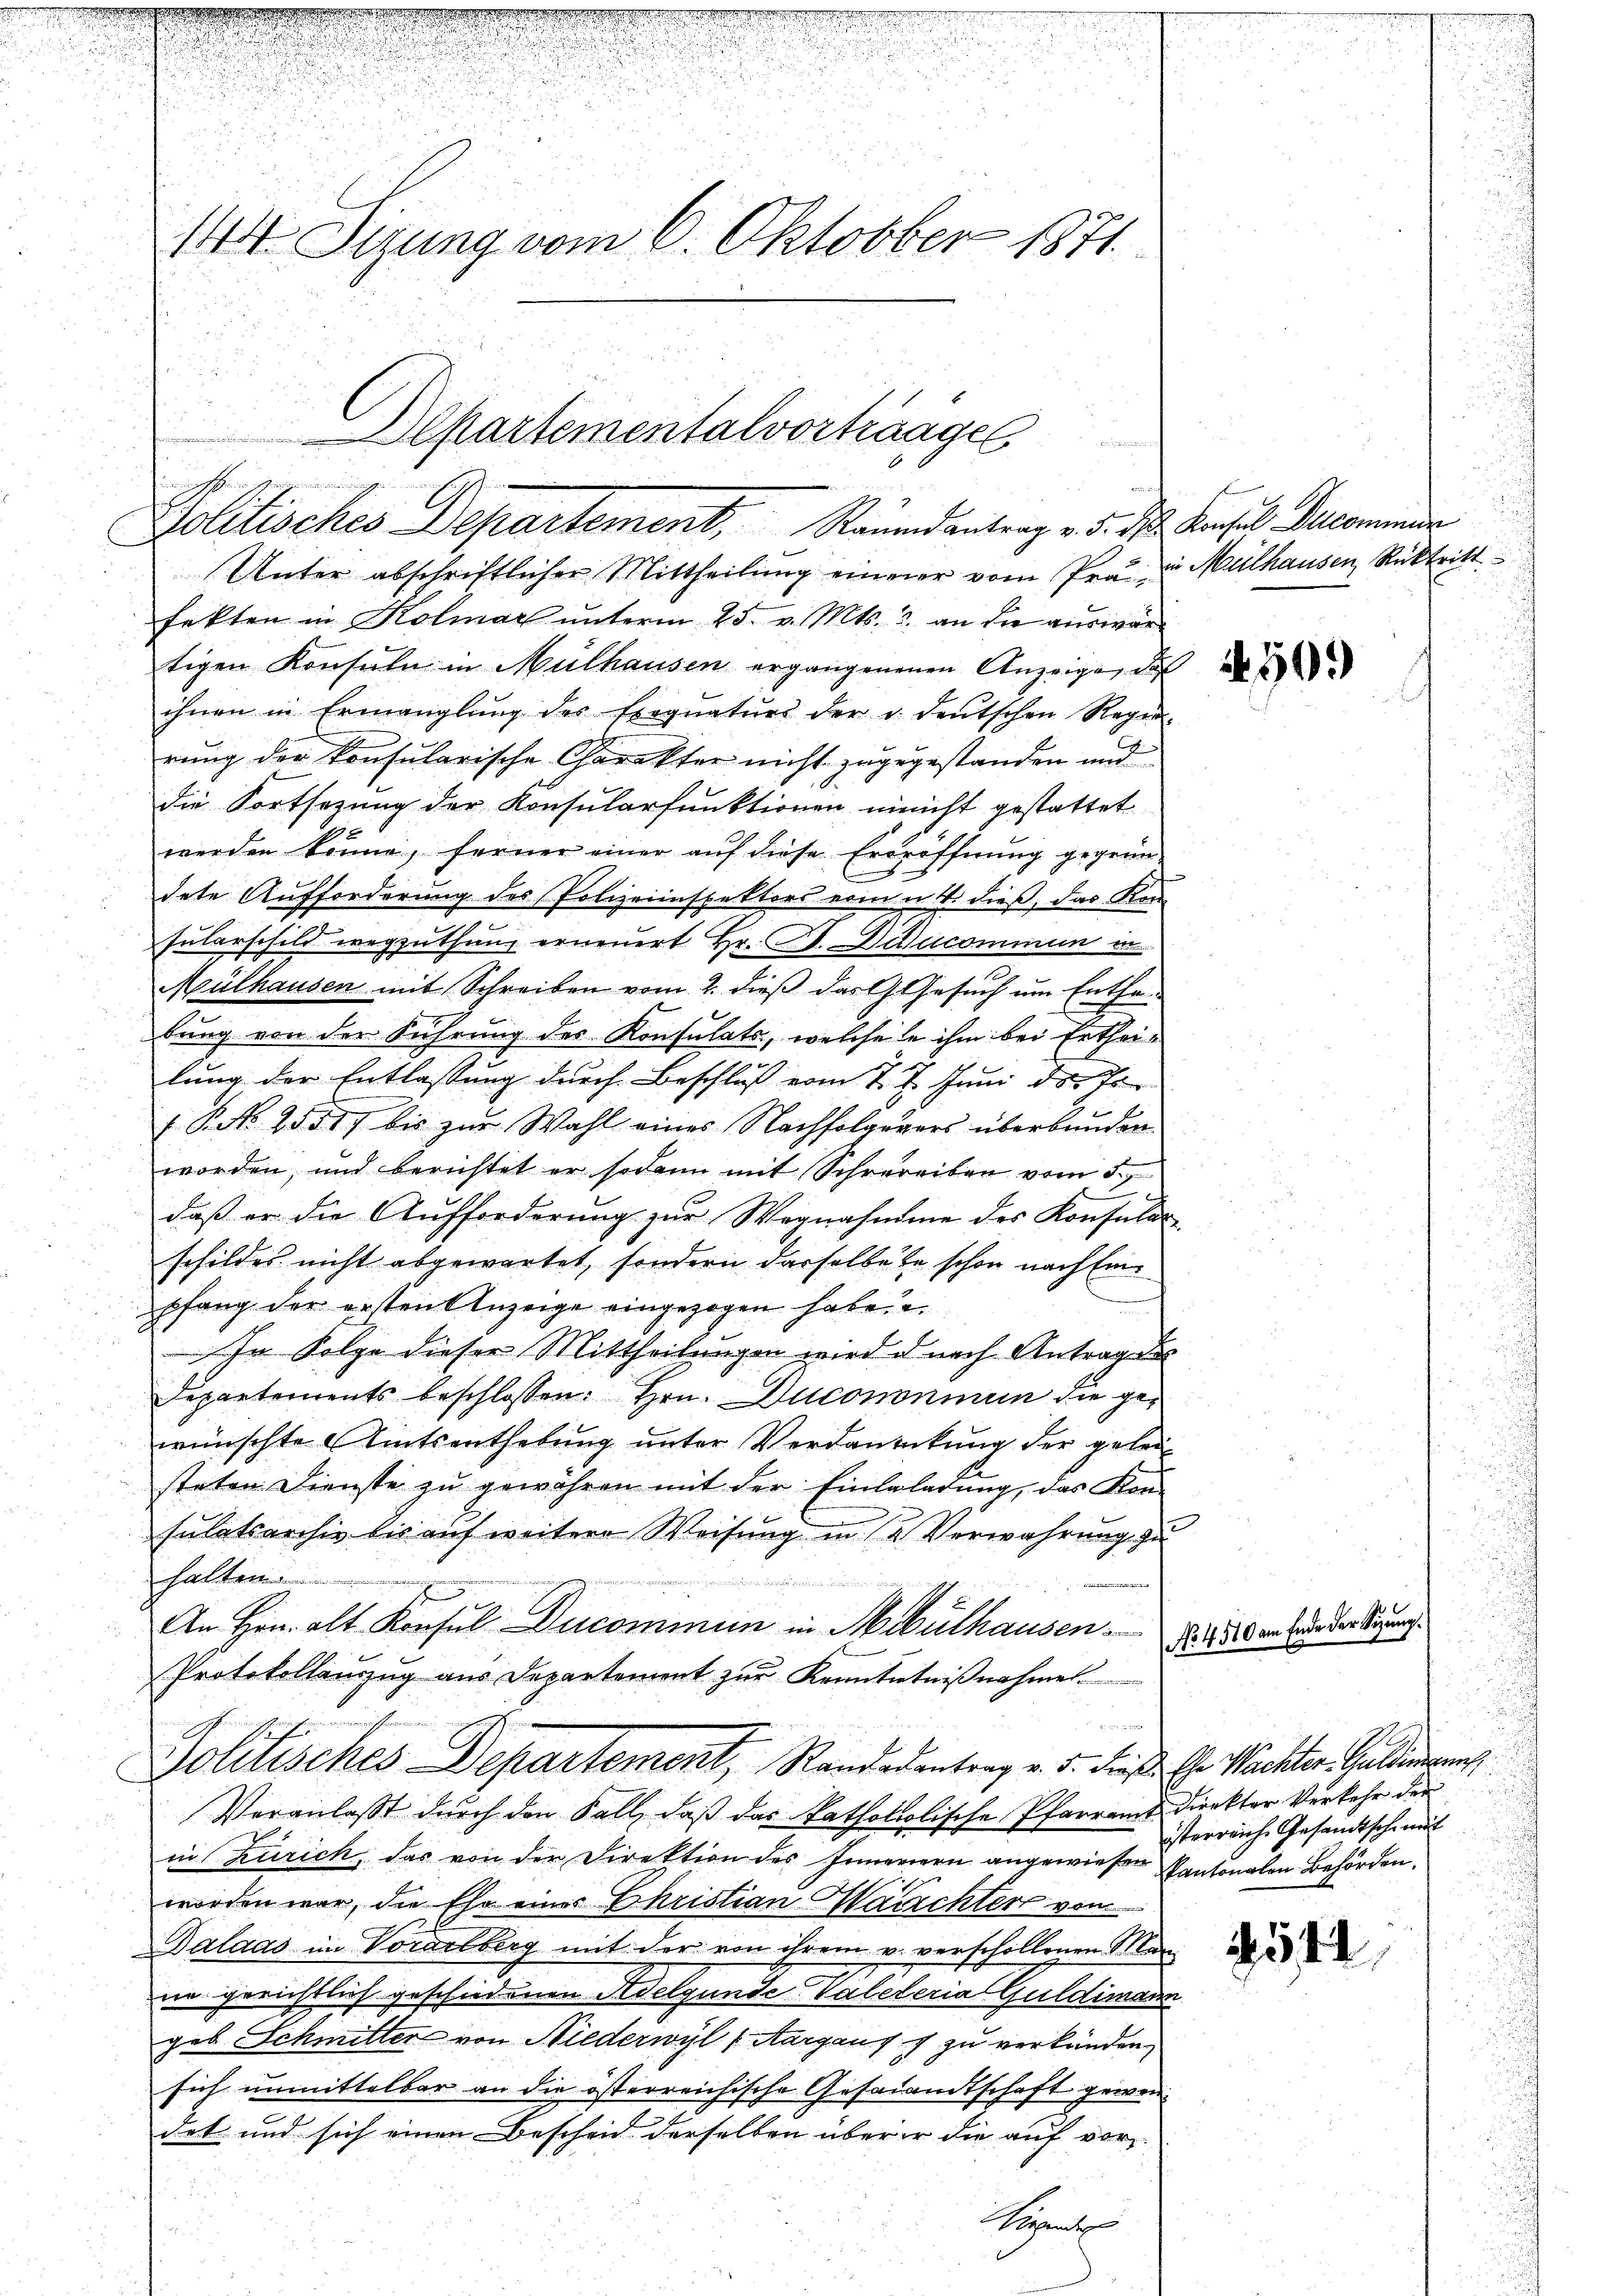
n

n
144. Sirung vom 6. Oktober 1871

Departementalvortrages
a
Politisches Departement, Raundantrag v. 5. ds Konsul Decommun

Unter abschriftlicher Mittheilung einer vom Pra zu Mülhausen Rücktritt
fekten in Kolmar unterm 25. v. Mts. 3. an die auswärtigen Konsuln in Mülhausen ergangenenen Anzeige, daß
ihnen in Ermanglung des Exequatŭrs der u. deutschen Regen-
rung der konsularische Charakter nicht zugegestanden und
die Fortsetzung der Konsularfunktionen minicht gestattet
werden könne, ferner einer auf diese Erdröffnung gegrün-
dete Aufforderung des Polizeiinspektors vom 4. dieß, das Kon
Jularschild wegzuthun, erneuert Hr. P. Diacommun in
Mülhausen mit Schreiben vom 2. dieß das Gesuch um Enthebung von der Führung des Konsulats, welche le ihm bei Ertheilung der Entlassung durch Beschluß vom 27. Juni d. 7
 P. No 2551) bis zur Wahl eines Nachfolgerers überbunden
worden, und berichtet er sodann mit Schrereiben vom 5.
daß er die Aufforderung zur Wegnahme des Konsular
schildes nicht abgewartet, sondern dasselbe se schon nach Einpfang der ersten Anzeige eingezogen haben.
In Folge dieser Mittheilungen wird d nach Antragen
Departements beschlossen. Hrn. Ducononmun die gewünschte Amtsenthebung unter Verdankung der gelei
steten Dienste zŭ gewähren mit der Einlaladŭng, das Kon-
sulatsarchiv bis auf weitere Weisung in 2 Verwahrung zu
halten.

An Hrn. alt Konsul Ducominum in Mauthausen
Protokollanzug aus Departement zur Kenntntnißnahme
Politisches Departement, Randesantrag v. 5. dieß Chr. Wachter. Gallemeng
Veranlaßt durch den Fall, daß das katholiolische Pfarramt Direktor Verkehr der
in Zürich, das von der Direktion des Innernern angewiesen Kantonalen Behörden.
worden war, die Ehe eines Christian Marechter von
Dalaas im Vorarlberg mit der von ihrem v. verschollenen Men
ne gerichtlich geschiedenen Adelgunde Valeteria Guldimann
geb Schmitter von Niederwyl (Aargau s g zu verkünden,
sich unmittelbar an die österreichische Gesanamtschaft gewendet und sich einen Bescheid derselben über er die auf vor-
Wirgenden

No 4700

1509)

544

de der Segen

u
isterreiche Gesandtsche mit